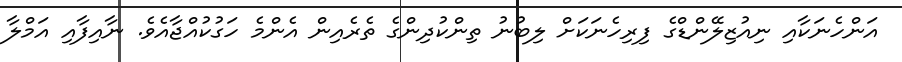
އަންހެނަކާއި ނިއުޒިލޭންޑްގެ ފިރިހެނަކަށް ލިބުނު ތިންކުދިންގެ ތެރެއިން އެންމެ ހަގުކުއްޖާއެވެ. ނާއިފާއި އަމްލާ